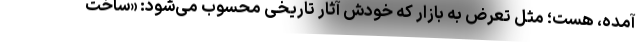
آمده، هست؛ مثل تعرض به بازار که خودش آثار تاریخی محسوب می‌شود: «ساخت